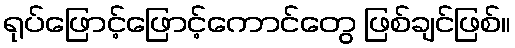
ရုပ်ဖြောင့်ဖြောင့်ကောင်တွေ ဖြစ်ချင်ဖြစ်။